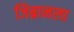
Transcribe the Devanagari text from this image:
जिब्रानला